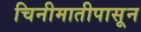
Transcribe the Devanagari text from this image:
चिनीमातीपासून